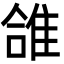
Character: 䧻